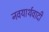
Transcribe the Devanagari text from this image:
नवयार्थवादी